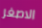
الاصغر